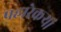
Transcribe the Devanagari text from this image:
पहारेकऱ्यां